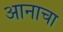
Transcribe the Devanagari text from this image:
आनाचा